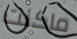
ماكنت